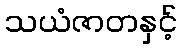
သယံဇာတနှင့်